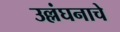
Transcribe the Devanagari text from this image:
उल्लंघनाचे